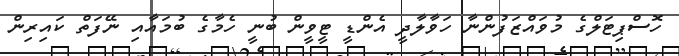
ހޮސްޕިޓަލްގެ މުވައްޒަފުންނާ ހަވާލާދީ އެންޑީ ޓީވީން ބުނީ ހެމާގެ ބުމައާއި ނޭފަތް ކައިރިން